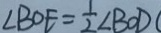
\angle B O E = \frac { 1 } { 2 } \angle B O D